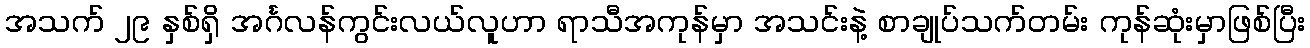
အသက် ၂၉ နှစ်ရှိ အင်္ဂလန်ကွင်းလယ်လူဟာ ရာသီအကုန်မှာ အသင်းနဲ့ စာချုပ်သက်တမ်း ကုန်ဆုံးမှာဖြစ်ပြီး